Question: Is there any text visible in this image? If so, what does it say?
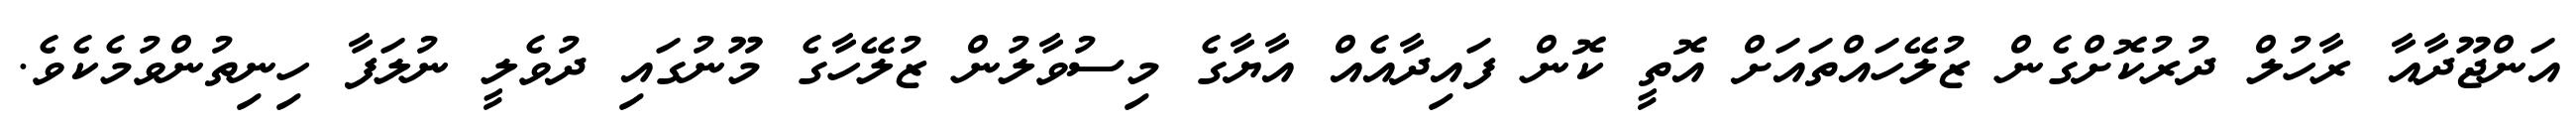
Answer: އަންޖޫދާއާ ރާހުލް ދުރުކޮށްގެން ޒުލޭހައްތައަށް އޮތީ ކޮން ފައިދާއެއް އާޔާގެ މިސުވާލުން ޒުލޭހާގެ މޫނުގައި ދުވެލީ ނުލަފާ ހިނިތުންވުމެކެވެ.